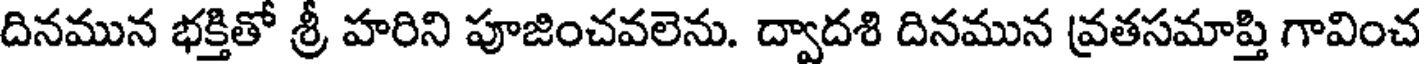
దినమున భక్తితో శ్రీ హరిని పూజించవలెను. ద్వాదశి దినమున వ్రతసమాప్తి గావించ